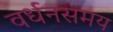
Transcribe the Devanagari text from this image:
वर्धनसमय